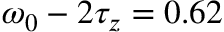
\omega _ { 0 } - 2 \tau _ { z } = 0 . 6 2